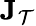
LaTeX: {\mathbf J}_{\mathcal{T}}